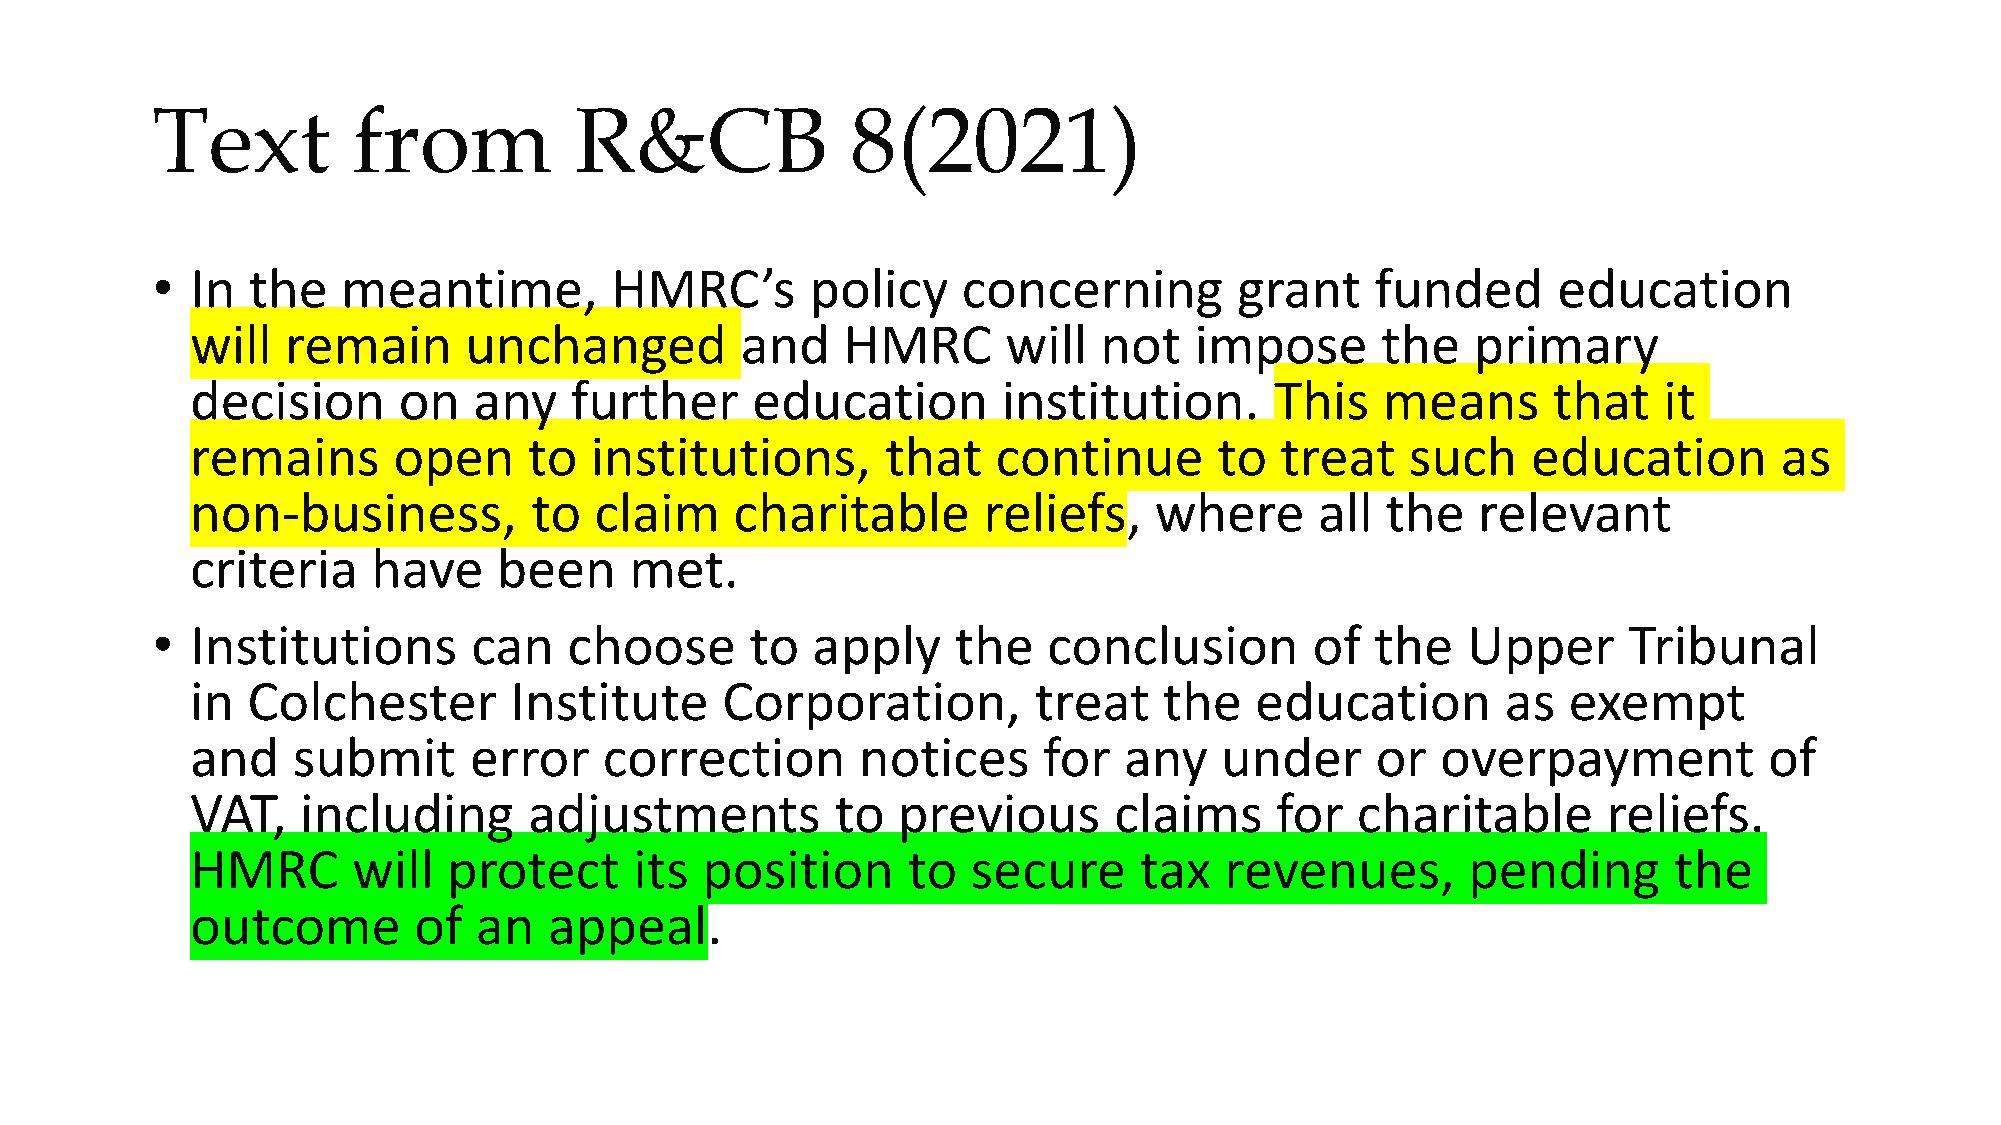
Text         from           R&CB              8(2021)
 •  In the    meantime,        HMRC’s        policy    concerning        grant    funded      education
 will  remain      unchanged         and    HMRC       will  not   impose      the    primary
 decision     on   any    further     education       institution.      This   means       that   it
 remains      open     to  institutions,       that   continue       to  treat   such    education        as
 non-business,         to  claim     charitable      reliefs,   where      all  the   relevant
 criteria    have    been     met.
 •  Institutions      can    choose      to  apply    the   conclusion        of  the   Upper      Tribunal
 in Colchester        Institute     Corporation,        treat    the   education        as  exempt
 and   submit      error    correction       notices     for  any    under     or  overpayment           of
 VAT,   including      adjustments         to  previous       claims    for   charitable      reliefs.
 HMRC      will   protect     its position      to  secure     tax   revenues,       pending       the
 outcome       of  an   appeal.